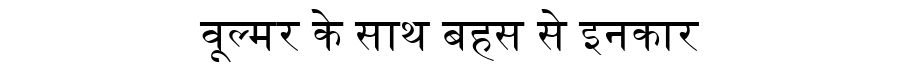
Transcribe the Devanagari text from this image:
वूल्मर के साथ बहस से इनकार